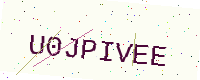
Text: U0JPIVEE